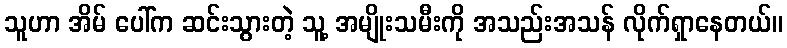
သူဟာ အိမ် ပေါ်က ဆင်းသွားတဲ့ သူ့ အမျိုးသမီးကို အသည်းအသန် လိုက်ရှာနေတယ်။